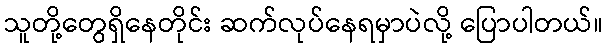
သူတို့တွေရှိနေတိုင်း ဆက်လုပ်နေရမှာပဲလို့ ပြောပါတယ်။